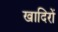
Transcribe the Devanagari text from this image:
खादिरों